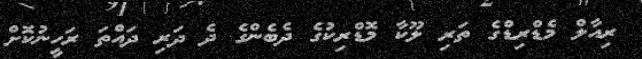
ރިއާލް މެޑްރިޑްގެ ތަރި ލޫކާ މޮޑްރިކުގެ ދެބެންގެ ދެ ދަރި ދައްތަ ރަހީނުކޮށް